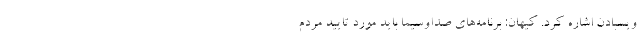
ویسبادن اشاره کرد. کیهان: برنامه‌های صداوسیما باید مورد تایید مردم